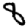
Digit: 8